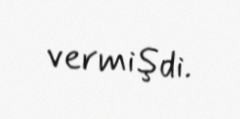
vermişdi.